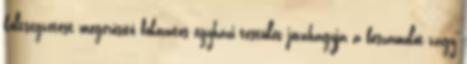
költségvetést megerősítő fokozatos egyházi testület jóváhagyja a beszámolót vagy